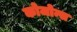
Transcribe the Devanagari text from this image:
कोजोन्स